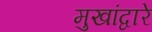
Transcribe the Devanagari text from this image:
मुखांद्वारे